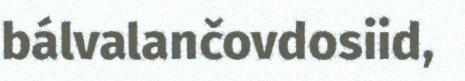
bálvalančovdosiid,